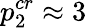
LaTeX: p_{2}^{cr}\approx 3